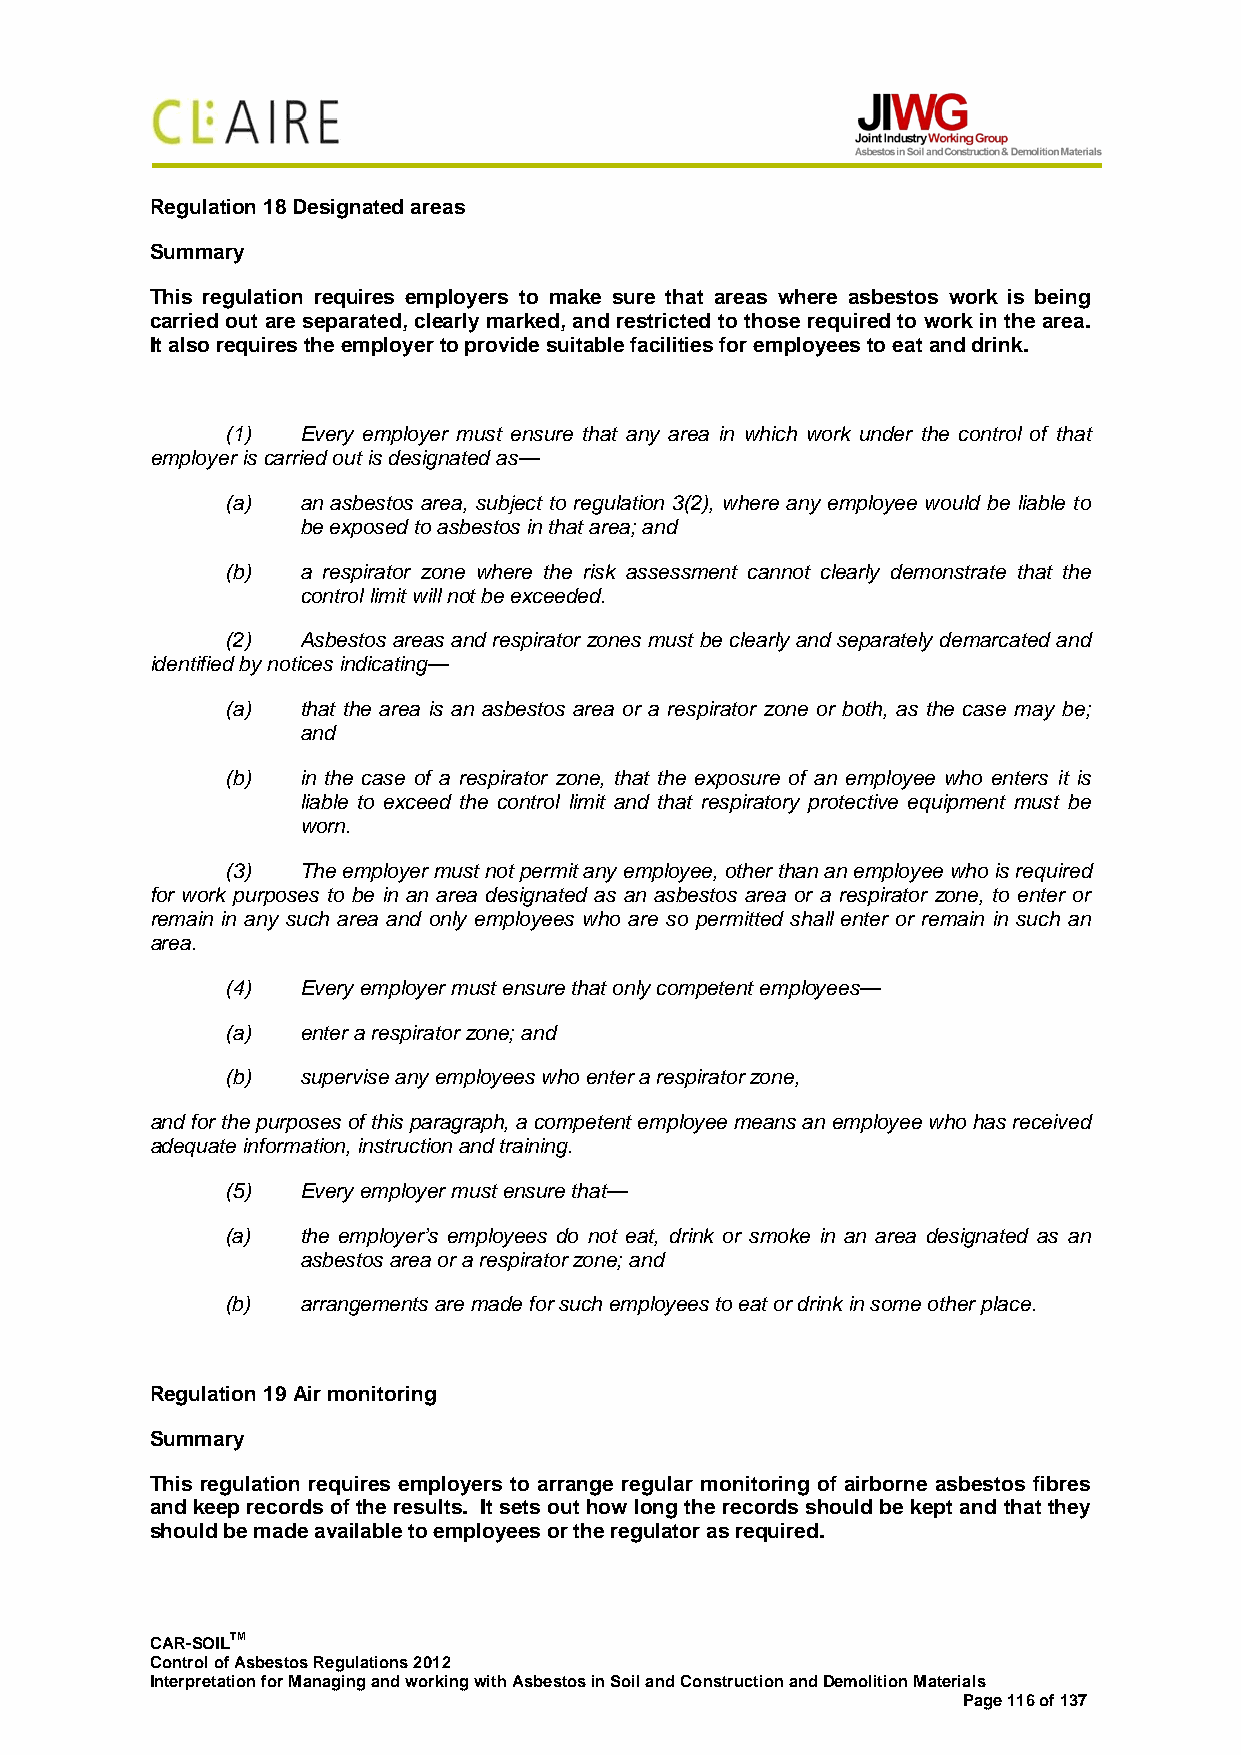
Regulation 18 Designated areas
 Summary
 This regulation requires employers to make sure that areas where asbestos work is being
 carried out are separated, clearly marked, and restricted to those required to work in the area.
 It also requires the employer to provide suitable facilities for employees to eat and drink.
 (1)  Every employer must ensure that any area in which work under the control of that
 employer is carried out is designated as—
 (a)  an asbestos area, subject to regulation 3(2), where any employee would be liable to
 be exposed to asbestos in that area; and
 (b)  a respirator zone where the risk assessment cannot clearly demonstrate that the
 control limit will not be exceeded.
 (2)  Asbestos areas and respirator zones must be clearly and separately demarcated and
 identified by notices indicating—
 (a)  that the area is an asbestos area or a respirator zone or both, as the case may be;
 and
 (b)  in the case of a respirator zone, that the exposure of an employee who enters it is
 liable to exceed the control limit and that respiratory protective equipment must be
 worn.
 (3)  The employer must not permit any employee, other than an employee who is required
 for work purposes to be in an area designated as an asbestos area or a respirator zone, to enter or
 remain in any such area and only employees who are so permitted shall enter or remain in such an
 area.
 (4)  Every employer must ensure that only competent employees—
 (a)  enter a respirator zone; and
 (b)  supervise any employees who enter a respirator zone,
 and for the purposes of this paragraph, a competent employee means an employee who has received
 adequate information, instruction and training.
 (5)  Every employer must ensure that—
 (a)  the employer’s employees do not eat, drink or smoke in an area designated as an
 asbestos area or a respirator zone; and
 (b)  arrangements are made for such employees to eat or drink in some other place.
 Regulation 19 Air monitoring
 Summary
 This regulation requires employers to arrange regular monitoring of airborne asbestos fibres
 and keep records of the results. It sets out how long the records should be kept and that they
 should be made available to employees or the regulator as required.
 CAR-SOILTM
 Control of Asbestos Regulations 2012
 Interpretation for Managing and working with Asbestos in Soil and Construction and Demolition Materials
 Page 116 of 137